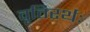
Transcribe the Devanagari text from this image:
वृतिरर्थः